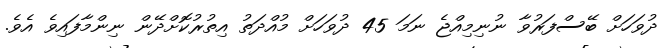
ދުވަހަށް ބޭސްފަރުވާ ނުނިމިއްޖެ ނަމަ 45 ދުވަހަށް މުއްދަތު އިތުރުކޮށްދޭން ނިންމާފައިވެ އެވެ.